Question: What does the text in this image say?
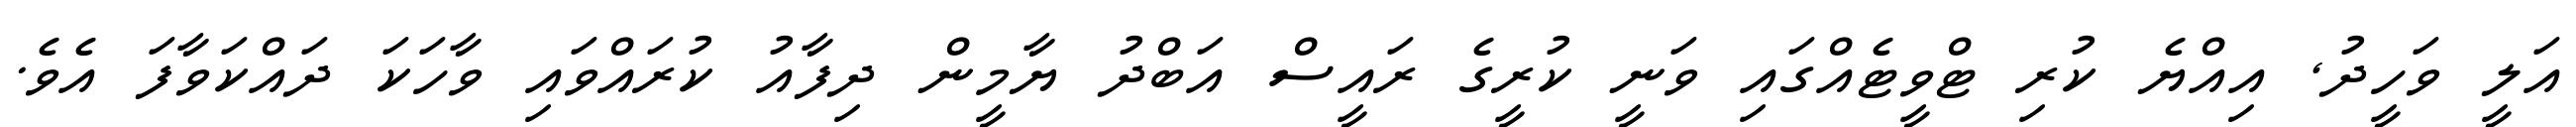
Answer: އަލީ ވަހީދު, އިއްޔެ ކުރި ޓްވީޓެއްގައި ވަނީ ކުރީގެ ރައީސް އަބްދު ޔާމީން ދިފާއު ކުރައްވައި ވާހަކަ ދައްކަވާފަ އެވެ.